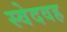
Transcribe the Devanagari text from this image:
स्वेदवह